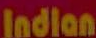
Indian